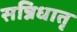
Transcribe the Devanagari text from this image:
सन्निधातृ